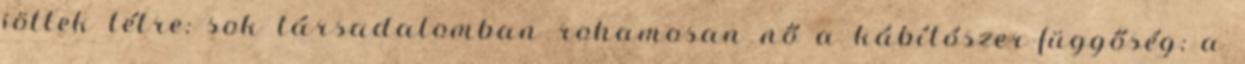
jöttek létre; sok társadalomban rohamosan nő a kábítószer-függőség; a